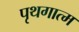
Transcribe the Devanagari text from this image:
पृथगात्म